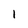
Character: l